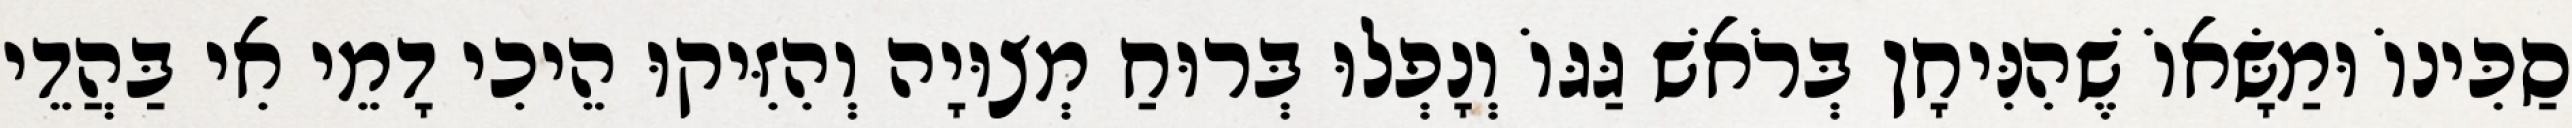
סַכִּינוֹ וּמַשָּׂאוֹ שֶׁהִנִּיחָן בְּרֹאשׁ גַּגּוֹ וְנָפְלוּ בְּרוּחַ מְצוּיָה וְהִזִּיקוּ הֵיכִי דָמֵי אִי בַּהֲדֵי